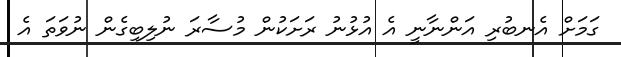
ގަމަށް އެނބުރި އަންނާނީ އެ އުޅުނު ރަށަކުން މުސާރަ ނުލިބިގެން ނުވަތަ އެ